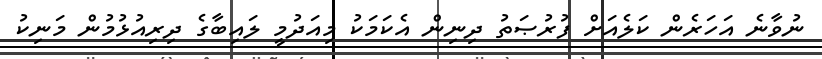
ނުވާނެ އަހަރެން ކަލެއަށް ފުރުޞަތު ދިނިން އެކަމަކު މިއަދުމީ ލައިބާގެ ދިރިއުޅުމުން މަނިކު